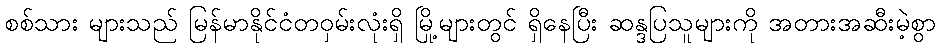
စစ်သား များသည် မြန်မာနိုင်ငံတဝှမ်းလုံးရှိ မြို့များတွင် ရှိနေပြီး ဆန္ဒပြသူများကို အတားအဆီးမဲ့စွာ